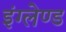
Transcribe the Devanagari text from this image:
इंग्लेण्ड